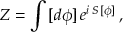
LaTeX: Z = \int \, [ d \phi ] \, e ^ { i \, S \, [ \phi ] } \, ,